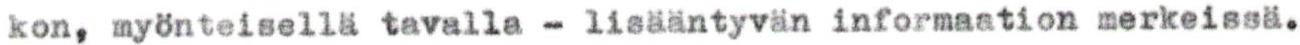
kon, myönteisellä tavalla - lisääntyvän informaation merkeissä.